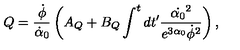
Q = \frac { \dot { \phi } } { \dot { \alpha } _ { 0 } } \left( A _ { Q } + B _ { Q } \int ^ { t } d t ^ { \prime } \frac { \dot { \alpha _ { 0 } } ^ { 2 } } { e ^ { 3 \alpha _ { 0 } } \dot { \phi } ^ { 2 } } \right) ,